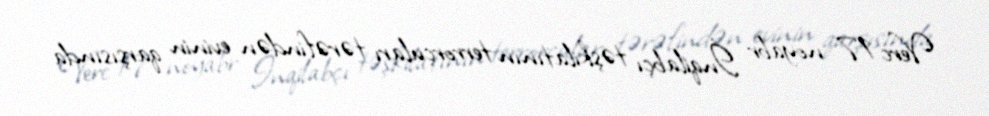
Verc 17 noyabr İnqilabçı təşkilatının terrorçuları tərəfindən evinin qarşısında